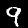
Label: 9